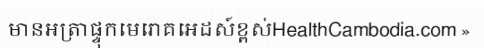
មានអត្រាផ្ទុកមេរោគអេដស៍ខ្ពស់HealthCambodia.com »